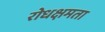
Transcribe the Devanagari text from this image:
रोधक्षमता